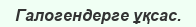
Галогендерге ұқсас.